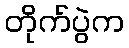
တိုက်ပွဲက